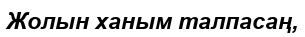
Жолын ханым талпасаң,